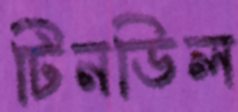
টিনডিল